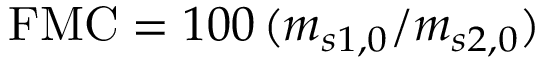
\mathrm { F M C } = 1 0 0 \, ( m _ { s 1 , 0 } / m _ { s 2 , 0 } )